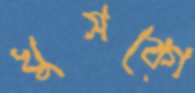
খুসকো